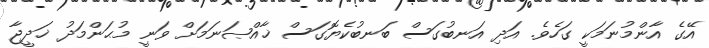
އޭގެ އާންމުނަމަކީ ގަހެވެ. އަދި އަނބުގަސް ބަނބުކެޔޮގަސް ޚާއްޞަނަމަށް ވަނީ މުޙަންމަދު ޚަދީޖާ